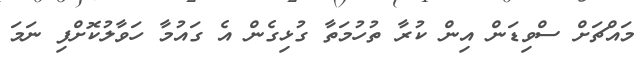
މައްޗަށް ސްވިޑަން އިން ކުރާ ތުހުމަތާ ގުޅިގެން އެ ގައުމާ ހަވާލުކޮށްފި ނަމަ